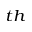
^ { t h }